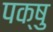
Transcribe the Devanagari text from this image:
पक्षु